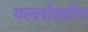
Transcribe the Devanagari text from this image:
यल्लोस्टोन